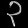
Digit: ၃